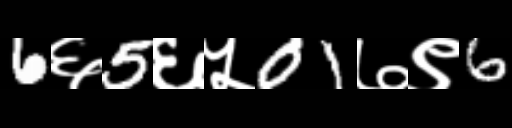
Text: 6६5६५01७९6